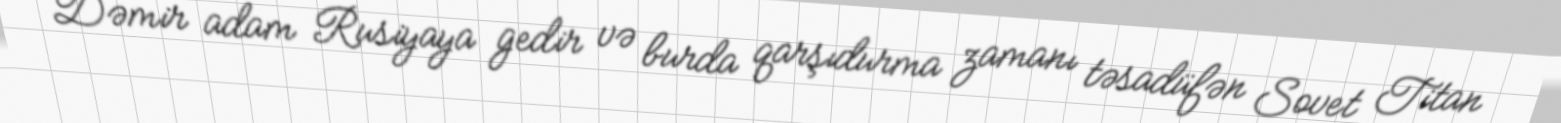
Dəmir adam Rusiyaya gedir və burda qarşıdurma zamanı təsadüfən Sovet Titan